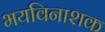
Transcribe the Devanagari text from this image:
भयविनाशक